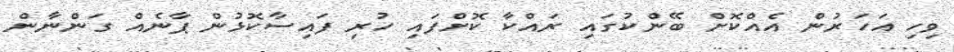
ވިހި އަހަރުން އެއްކޮށް ބޭންކުގައި ރައްކާ ކޮށްފައި ހުރި ފައިސާކޮޅުން ޕާނެއް ގަންނާން